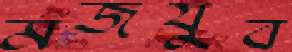
মজযুব